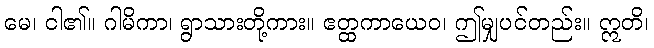
မေ၊ ငါ၏။ ဂါမိကာ၊ ရွာသားတို့ကား။ ဧတ္ထကာယေဝ၊ ဤမျှပင်တည်း။ ဣတိ၊